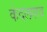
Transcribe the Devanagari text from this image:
कंदलगाव